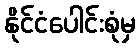
နိုင်ငံပေါင်းစုံမှ